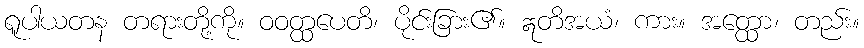
ရူပါယတန တရားတို့ကို။ ဝဝတ္ထပေတိ၊ ပိုင်းခြား၏။ ဣတိအယံ၊ ကား။ အတ္ထော၊ တည်း။